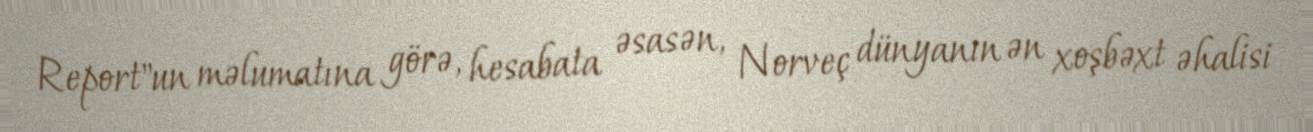
Report"un məlumatına görə, hesabata əsasən, Norveç dünyanın ən xoşbəxt əhalisi